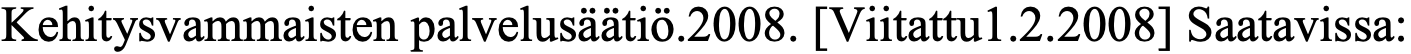
Kehitysvammaisten palvelusäätiö.2008. [Viitattu1.2.2008] Saatavissa: